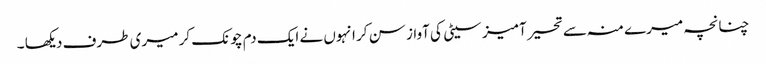
چنانچہ میرے منہ سے تحیر آمیز سیٹی کی آواز سن کر انہوں نے ایک دم چونک کر میری طرف دیکھا ۔